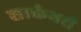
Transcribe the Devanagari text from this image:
शार्कभरी